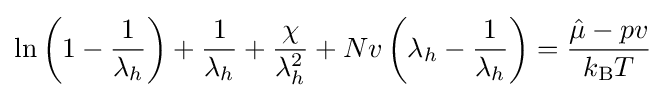
\ln \left(1-{\frac {1}{\lambda _{h}}}\right)+{\frac {1}{\lambda _{h}}}+{\frac {\chi }{\lambda _{h}^{2}}}+Nv\left(\lambda _{h}-{\frac {1}{\lambda _{h}}}\right)={\frac {{\hat {\mu }}-pv}{k_{\text{B}}T}}